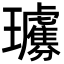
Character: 𤫗